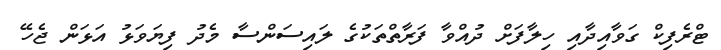
ޓްރެފިކް ގަވާއިދާއި ހިލާފަށް ދުއްވާ ފަރާތްތަކުގެ ލައިސަންސާ މެދު ފިޔަވަޅު އަޅަން ޖެހޭ